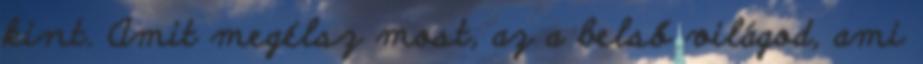
kint. Amit megélsz most, az a belső világod, ami